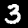
Digit: 3